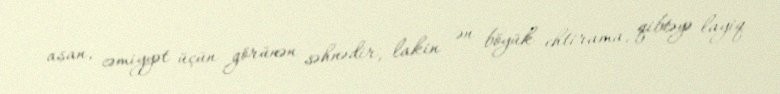
asan, cəmiyyət üçün görünən səhnədir, lakin ən böyük ehtirama, qibtəyə layiq